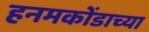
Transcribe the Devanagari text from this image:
हनमकोंडाच्या